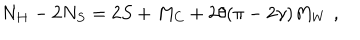
LaTeX: N _ { H } - 2 N _ { S } = 2 S + M _ { C } + 2 \theta ( \pi - 2 \gamma ) M _ { W } \, \, ,